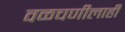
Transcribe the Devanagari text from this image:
वळचणीलाही